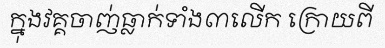
ក្នុងវគ្គចាញ់ធ្លាក់ទាំង៣លើក ក្រោយពី